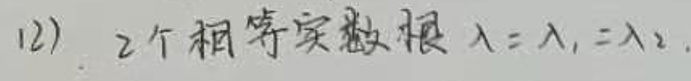
(2) 2个相等实数根 $\lambda=\lambda_1=\lambda_2$.